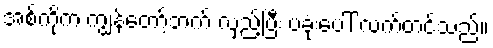
အစ်ကိုက ကျွန်တော့်ဘက် လှည့်ပြီး ပခုံးပေါ် လက်တင်သည်။